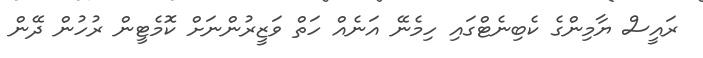
ރައީސް ޔާމިންގެ ކެބިނެޓްގައި ހިމެނޭ އަނެއް ހަތް ވަޒީރުންނަށް ކޮމެޓީން ރުހުން ދޭން